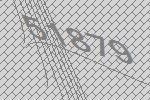
51879